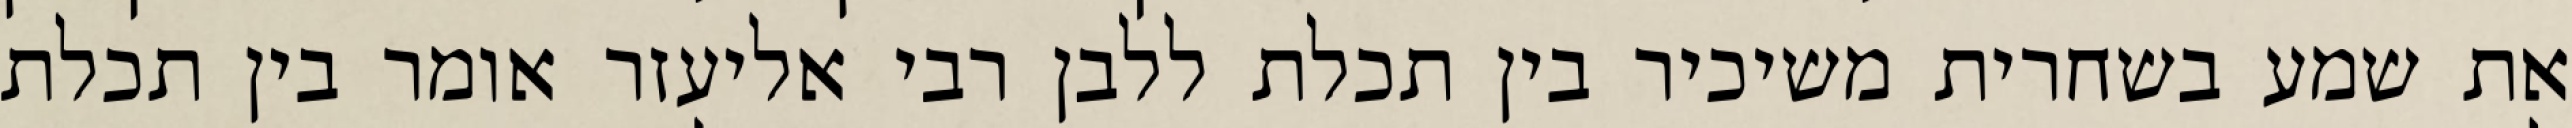
את שמע בשחרית משיכיר בין תכלת ללבן רבי אליעזר אומר בין תכלת